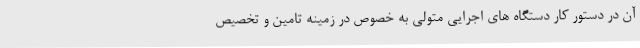
آن در دستور کار دستگاه های اجرایی متولی به خصوص در زمینه تامین و تخصیص